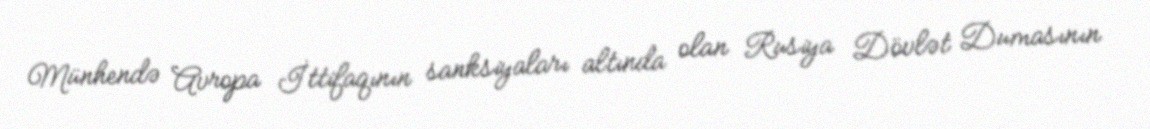
Münhendə Avropa İttifaqının sanksiyaları altında olan Rusiya Dövlət Dumasının